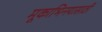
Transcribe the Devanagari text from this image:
मूकाभिनयासाठी